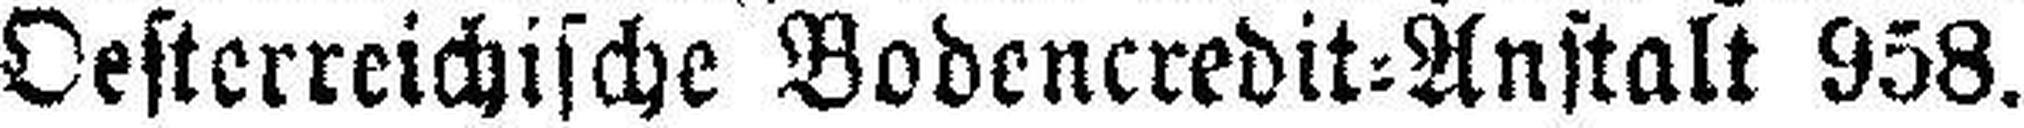
Oesterreichische Bodencredit=Anstalt 958.